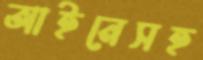
আইনেসহ